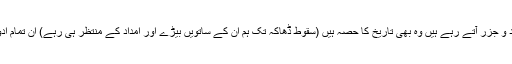
ہمارے اور امریکا بہادر کے تعلقات میں جو مد و جزر آتے رہے ہیں وہ بھی تاریخ کا حصہ ہیں (سقوط ڈھاکہ تک ہم ان کے ساتویں بیڑے اور امداد کے منتظر ہی رہے) ان تمام ادوار میں ہم نے کیا کچھ نہیں کھویا اور کیا پایا؟